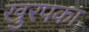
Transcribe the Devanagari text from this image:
खुरपका